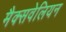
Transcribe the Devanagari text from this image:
मैक्सवेलियन